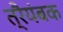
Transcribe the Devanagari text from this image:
त्रैयंबक